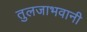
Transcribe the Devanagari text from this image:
तुलजाभवानी